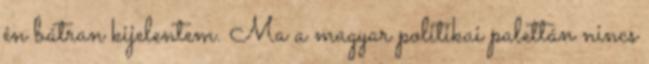
én bátran kijelentem. Ma a magyar politikai palettán nincs